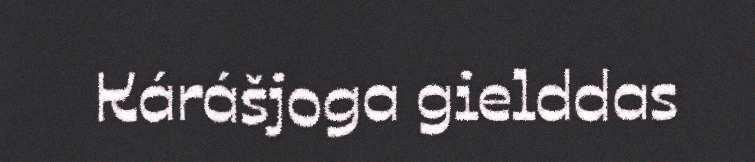
Kárášjoga gielddas